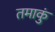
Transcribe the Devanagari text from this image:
तमाकुं